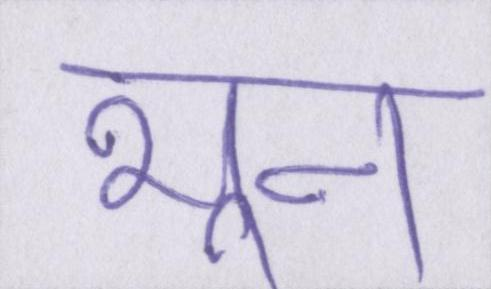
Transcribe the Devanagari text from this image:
भून